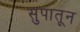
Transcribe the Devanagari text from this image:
सुपातून